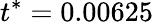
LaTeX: t^{*}=0.00625